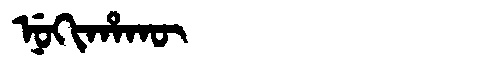
Manchu: ᠨᡠᡴᡳᡥᠠᡴᡡ
Romanization: NUKIHAKŪ